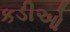
કડીઓ